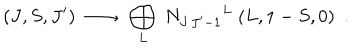
( J , S , J ^ { \prime } ) \ \longrightarrow \ \bigoplus _ { L } \ { N _ { J \, J ^ { \prime } - 1 } } ^ { L } \ ( L , 1 - S , 0 ) \ \ .